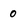
Character: 0